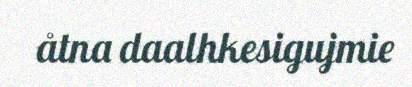
åtna daalhkesigujmie